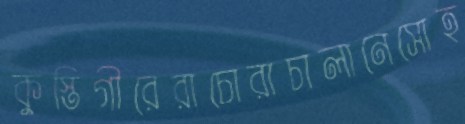
কুস্তিগীরেরাচোরাচালানেসোহ